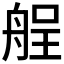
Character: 𮎏